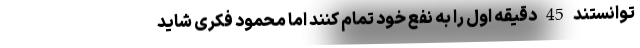
توانستند 45 دقیقه اول را به نفع خود تمام کنند اما محمود فکری شاید